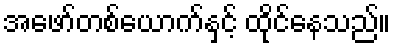
အဖော်တစ်ယောက်နှင့် ထိုင်နေသည်။